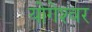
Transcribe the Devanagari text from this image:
योगेश्‍वर